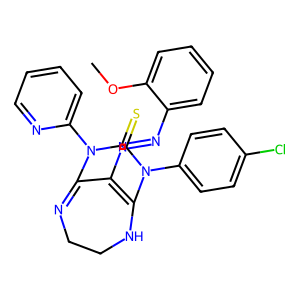
SMILES: COc1ccccc1N=NC1=C2NCCN=C1N(c1ccccn1)C(=S)N2c1ccc(Cl)cc1
Inhibits HIV replication: No